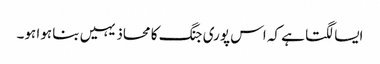
ایسا لگتا ہے کہ اس پوری جنگ کا محاذ یہیں بنا ہوا ہو۔